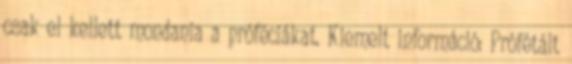
csak el kellett mondania a próféciákat. Kiemelt információ: Prófétált